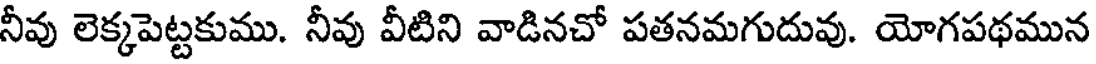
నీవు లెక్కపెట్టకుము. నీవు వీటిని వాడినచో పతనమగుదువు. యోగపథమున